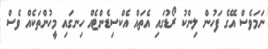
ނަމަވެސް އޭގެ ފަހުން ލިންކު ރޯޑުގައި އެތައް އެކްސިޑެންޓެއް ހިނގައި މީހުންތަކެއް ވެސް